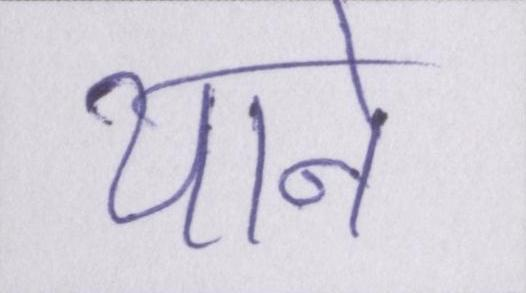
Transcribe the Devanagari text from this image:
याने